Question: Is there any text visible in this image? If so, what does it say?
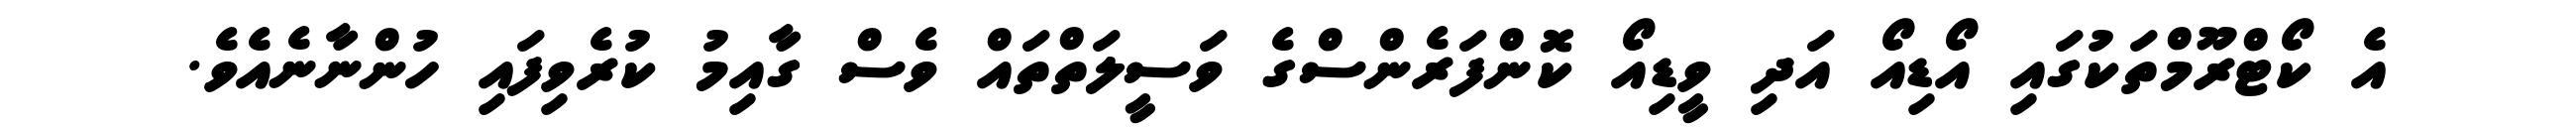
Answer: އެ ކޯޓްރޫމްތަކުގައި އޯޑިއޯ އަދި ވީޑިއޯ ކޮންފަރެންސްގެ ވަސީލަތްތައް ވެސް ގާއިމު ކުރެވިފައި ހުންނާނެއެވެ.